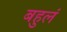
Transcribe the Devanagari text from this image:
बहुलं